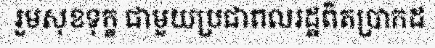
រួមសុខទុក្ខ ជាមួយប្រជាពលរដ្ឋពិតប្រាកដ